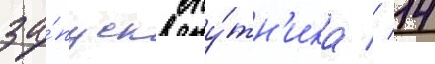
за́пуск спу́тн'ика // 14